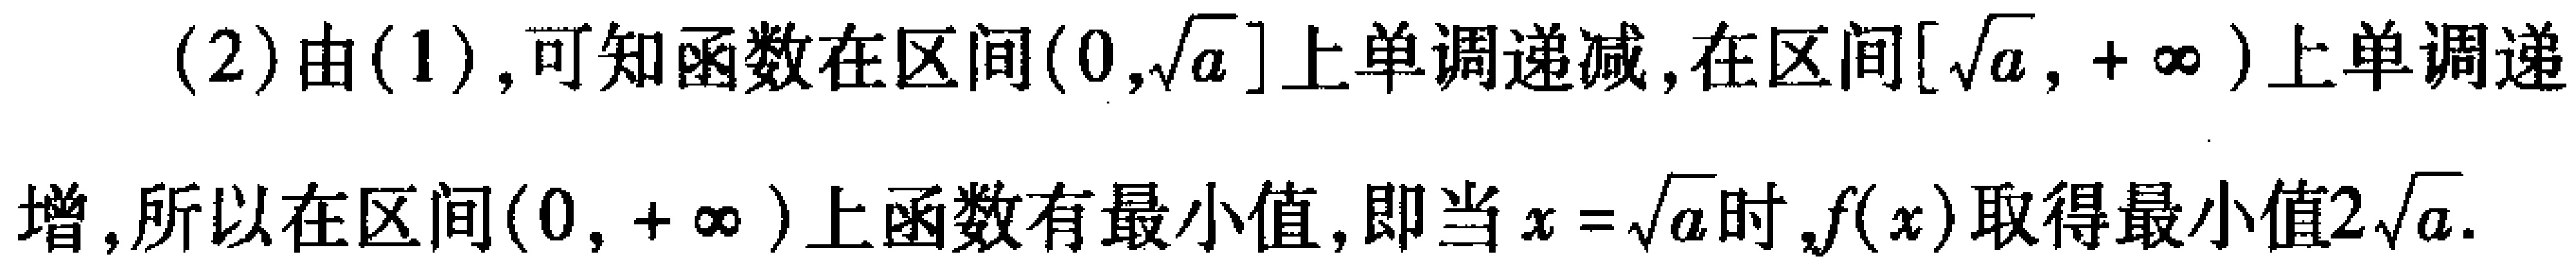
(2) 由(1), 可知函数在区间\((0,\sqrt{a}]\)上单调递减, 在区间\([\sqrt{a}, +\infty)\)上单调递增, 所以在区间\((0, +\infty)\)上函数有最小值, 即当\(x = \sqrt{a}\)时,\(f(x)\)取得最小值\(2\sqrt{a}\).